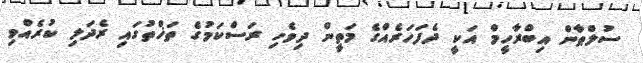
ސުލްޠާން އިބްރާހީމް އަކީ ދެފަހަރެއްގެ މަތީން ދިވެހި ރަސްކަމުގެ ތަޚްތުގައި ރެދަލި ކުރެއްވި